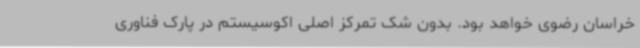
خراسان رضوی خواهد بود. بدون شک تمرکز اصلی اکوسیستم در پارک فناوری